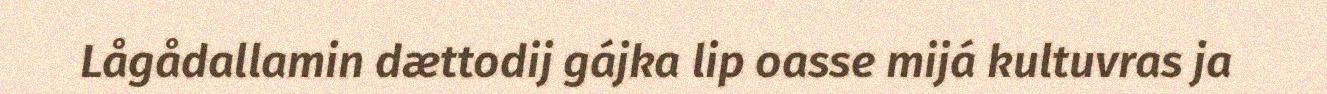
Lågådallamin dættodij gájka lip oasse mijá kultuvras ja